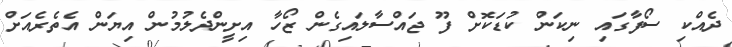
ދެއްކި ސޯފާގައި ނިކަން ކުޑަކޮށް ފޫ ޖައްސާލައިގެން ޒޯހާ އިށީންދެލުމުން އިޔަން އެތެރެއަށް